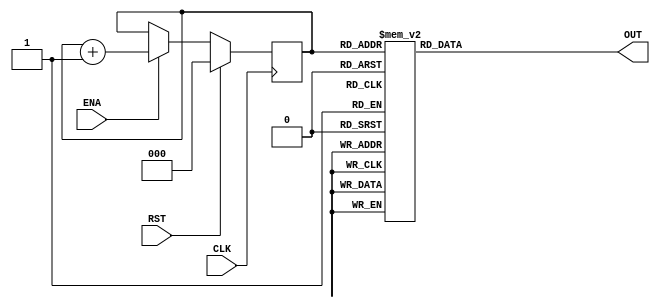
`timescale 1ns / 1ps

module ROMCONT(CLK,RST,ENA,OUT);
	input CLK,RST,ENA;
	output reg [7:0] OUT;
	
	reg [2:0] C;
	
	always @(negedge CLK)
		if (RST)
			C=3'b000;
		else if (ENA)
			C=C+1;
		else
			C=C;
			
	always @(C)
		case (C)
			3'b000: OUT=8'hFE;
			3'b001: OUT=8'h0A;
			3'b010: OUT=8'hA0;
			3'b011: OUT=8'h55;
			3'b100: OUT=8'h0A;
			3'b101: OUT=8'hA0;
			3'b110: OUT=8'h55;
			3'b111: OUT=8'h03;
		endcase
endmodule